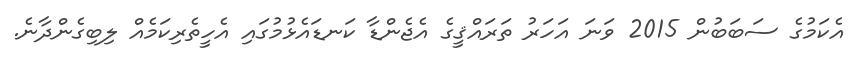
އެކަމުގެ ސަބަބުން 2015 ވަނަ އަހަރު ތަރައްޤީގެ އެޖެންޑާ ކަނޑައެޅުމުގައި އެހީތެރިކަމެއް ލިބިގެންދާނެ.